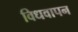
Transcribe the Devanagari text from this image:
विधवापन